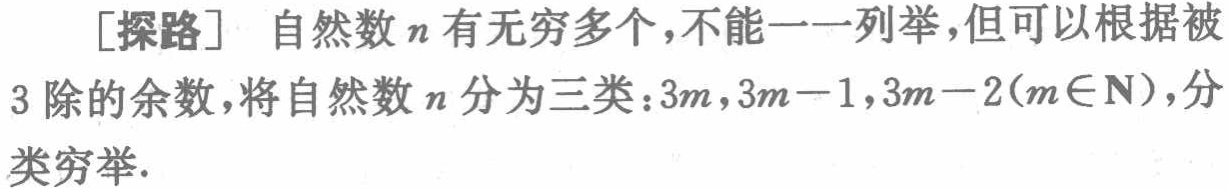
[探路] 自然数\(n\)有无穷多个，不能一一列举，但可以根据被
3 除的余数，将自然数\(n\)分为三类：\(3m,3m - 1,3m - 2(m\in\mathbb{N})\)，分类穷举.